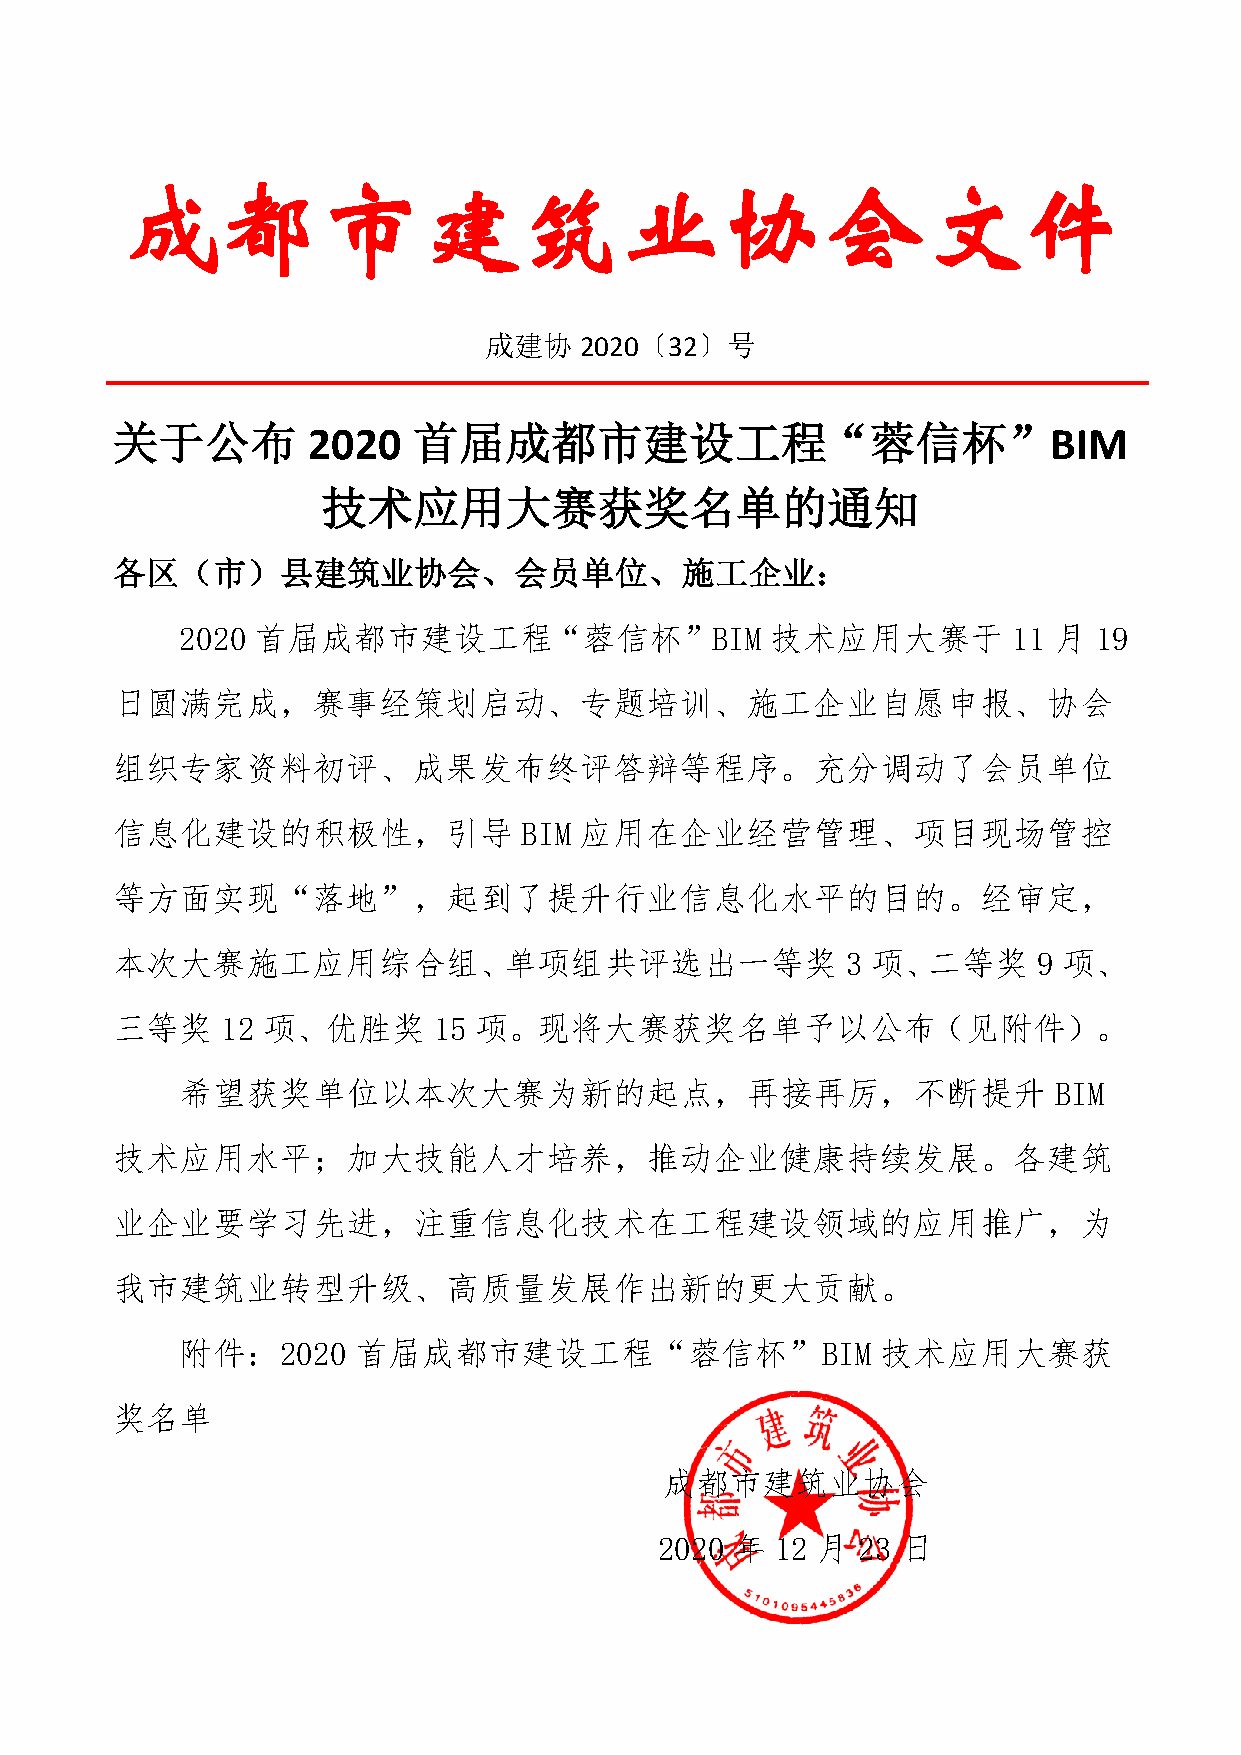
成都市建筑业协会文件
 成建协   2020〔32〕号
 关于公布         2020   首届成都市建设工程“蓉信杯”BIM
 技术应用大赛获奖名单的通知
 各区（市）县建筑业协会、会员单位、施工企业：
 2020 首届成都市建设工程“蓉信杯”BIM                 技术应用大赛于         11 月 19
 日圆满完成，赛事经策划启动、专题培训、施工企业自愿申报、协会
 组织专家资料初评、成果发布终评答辩等程序。充分调动了会员单位
 信息化建设的积极性，引导                BIM 应用在企业经营管理、项目现场管控
 等方面实现“落地”，起到了提升行业信息化水平的目的。经审定，
 本次大赛施工应用综合组、单项组共评选出一等奖                           3 项、二等奖      9 项、
 三等奖     12 项、优胜奖      15 项。现将大赛获奖名单予以公布（见附件）。
 希望获奖单位以本次大赛为新的起点，再接再厉，不断提升                                BIM
 技术应用水平；加大技能人才培养，推动企业健康持续发展。各建筑
 业企业要学习先进，注重信息化技术在工程建设领域的应用推广，为
 我市建筑业转型升级、高质量发展作出新的更大贡献。
 附件：2020    首届成都市建设工程“蓉信杯”BIM                  技术应用大赛获
 奖名单
 成都市建筑业协会
 2020 年 12 月  23 日